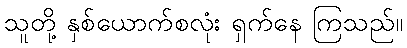
သူတို့ နှစ်ယောက်စလုံး ရှက်နေ ကြသည်။